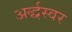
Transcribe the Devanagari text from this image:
अर्द्धस्वर